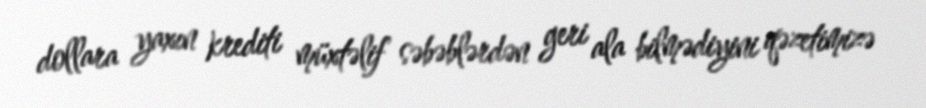
dollara yaxın krediti müxtəlif səbəblərdən geri ala bilmədiyini qəzetimizə